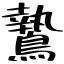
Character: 鷙